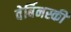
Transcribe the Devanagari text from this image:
वेर्बिनस्की